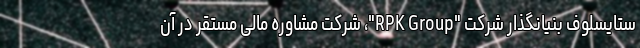
ستایسلوف بنیانگذار شرکت "RPK Group"، شرکت مشاوره مالی مستقر در آن